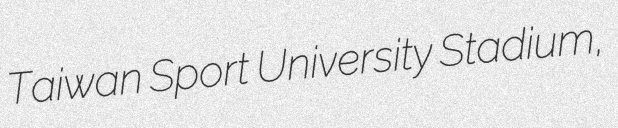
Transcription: Taiwan Sport University Stadium,